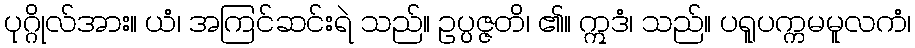
ပုဂ္ဂိုလ်အား။ ယံ၊ အကြင်ဆင်းရဲ သည်။ ဥပ္ပဇ္ဇတိ၊ ၏။ ဣဒံ၊ သည်။ ပရူပက္ကမမူလကံ၊